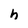
Character: h